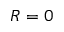
R = 0